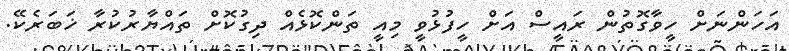
އަހަންނަށް ހީވާގޮތުން ރައީސް އަށް ހީފުޅުވީ މިއީ ތަންކޮޅެއް ދިގުކޮށް ތައްޔާރުކުރާ ޚަބަރެކޭ.